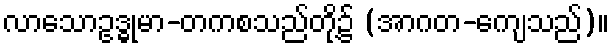
လာသောဥဒ္ဓုမာ-တကစသည်တို့၌ (အာဂတ-ကျေသည်)။